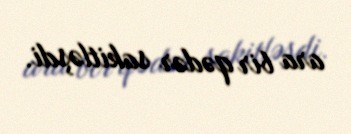
ara bir qədər sakitləşdi.